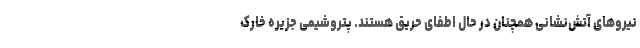
نیروهای آتش‌نشانی همچنان در حال اطفای حریق هستند. پتروشیمی جزیره خارک